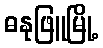
ဓနုဖြူမြို့